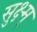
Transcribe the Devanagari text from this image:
सुक्ष्म्